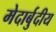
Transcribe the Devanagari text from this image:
मेदार्बुदीय